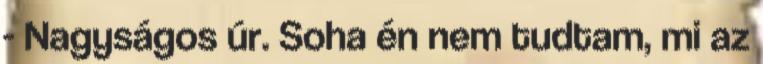
- Nagyságos úr. Soha én nem tudtam, mi az